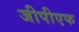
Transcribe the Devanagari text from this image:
जीपीएफ